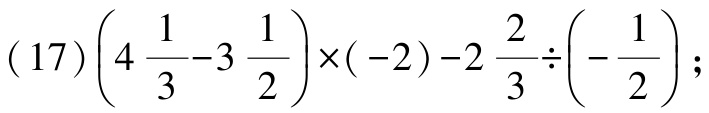
\((17)\left(4\frac{1}{3}-3\frac{1}{2}\right)\times(-2)-2\frac{2}{3}\div\left(-\frac{1}{2}\right);\)